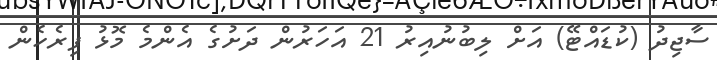
ސާޖިދު (ކުޑައްޓޭ) އަށް ލިބުނުއިރު 21 އަހަރުން ދަށުގެ އެންމެ މޮޅު ފިރެހެން